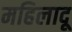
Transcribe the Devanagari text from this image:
महिलादू